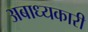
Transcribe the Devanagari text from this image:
अबाध्यकारी